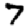
Digit: 7